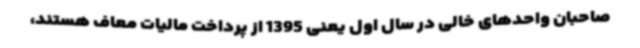
صاحبان واحدهای خالی در سال اول یعنی 1395 از پرداخت مالیات معاف هستند،